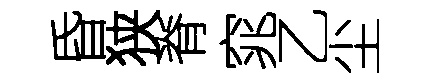
昏狭脊窕乙尘